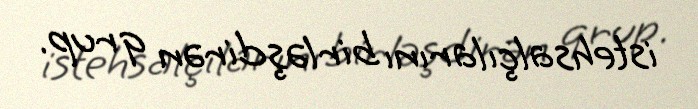
istehsalçılarını birləşdirən qrup.